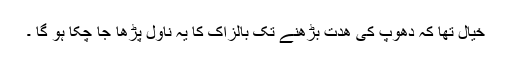
خیال تھا کہ دھوپ کی ھدت بڑھنے تک بالزاک کا یہ ناول پڑھا جا چکا ہو گا ۔